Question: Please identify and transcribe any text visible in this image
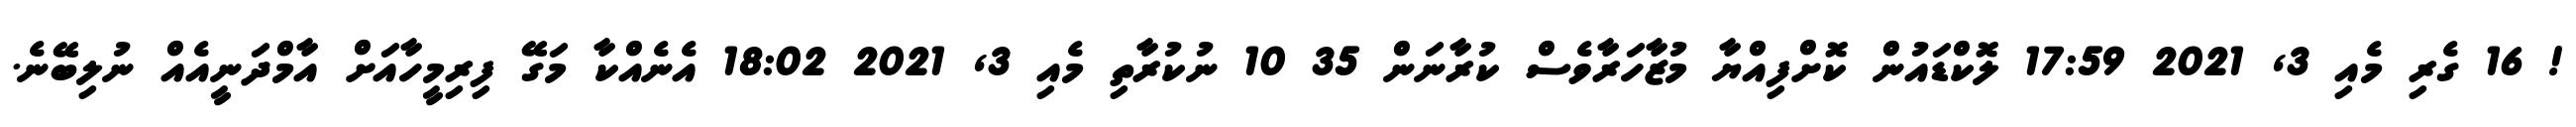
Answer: ! 16 ގެރި މެއި 3, 2021 17:59 ލޮކްޑައުން ކޮށްފިއްޔާ މުޒާހަރާވެސް ކުރާނަން 35 10 ނުކުރާތި މެއި 3, 2021 18:02 އެނެއްކާ މަގޭ ފިރިމީހާއަށް އާމްދަނީއެއް ނުލިބޭނެ.